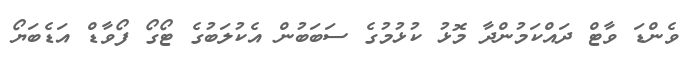
ވެންޑަ ވާޓް ދައްކަމުންދާ މޮޅު ކުޅުމުގެ ސަބަބުން އެކުލަބުގެ ޓޯގޯ ފޯވާޑް އަޑެބަޔޯ